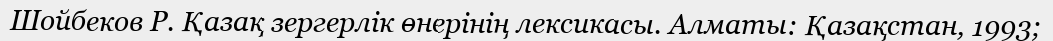
Шойбеков Р. Қазақ зергерлік өнерінің лексикасы. Алматы: Қазақстан, 1993;